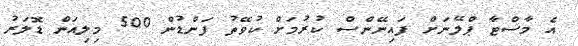
އެ މާސްޓާ ޕްލޭނަށް ފައިނޭންސް ކުރުމަށް ކުވޭތު ފަންޑުން 500 މިލިއަން ޑޮލަރު